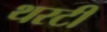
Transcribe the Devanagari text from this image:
थरटी